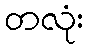
တလုံး